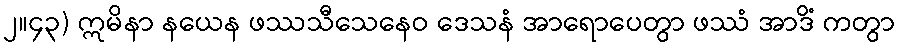
၂။၄၃) ဣမိနာ နယေန ဖဿသီသေနေဝ ဒေသနံ အာရောပေတွာ ဖဿံ အာဒိံ ကတွာ